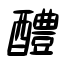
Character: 醴